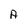
Character: A